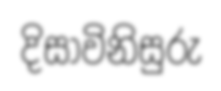
දිසාවිනිසුරු